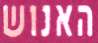
האנוש